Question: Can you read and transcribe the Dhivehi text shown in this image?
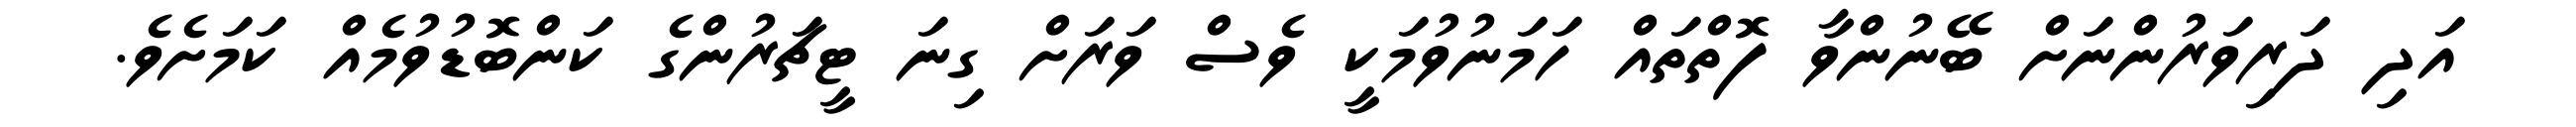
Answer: އަދި ދަރިވަރުންނަށް ބޭނުންވާ ފޮތްތައް ހަމަނުވުމަކީ ވެސް ވަރަށް ގިނަ ޓީޗަރުންގެ ކަންބޮޑުވުމެއް ކަމަށެވެ.